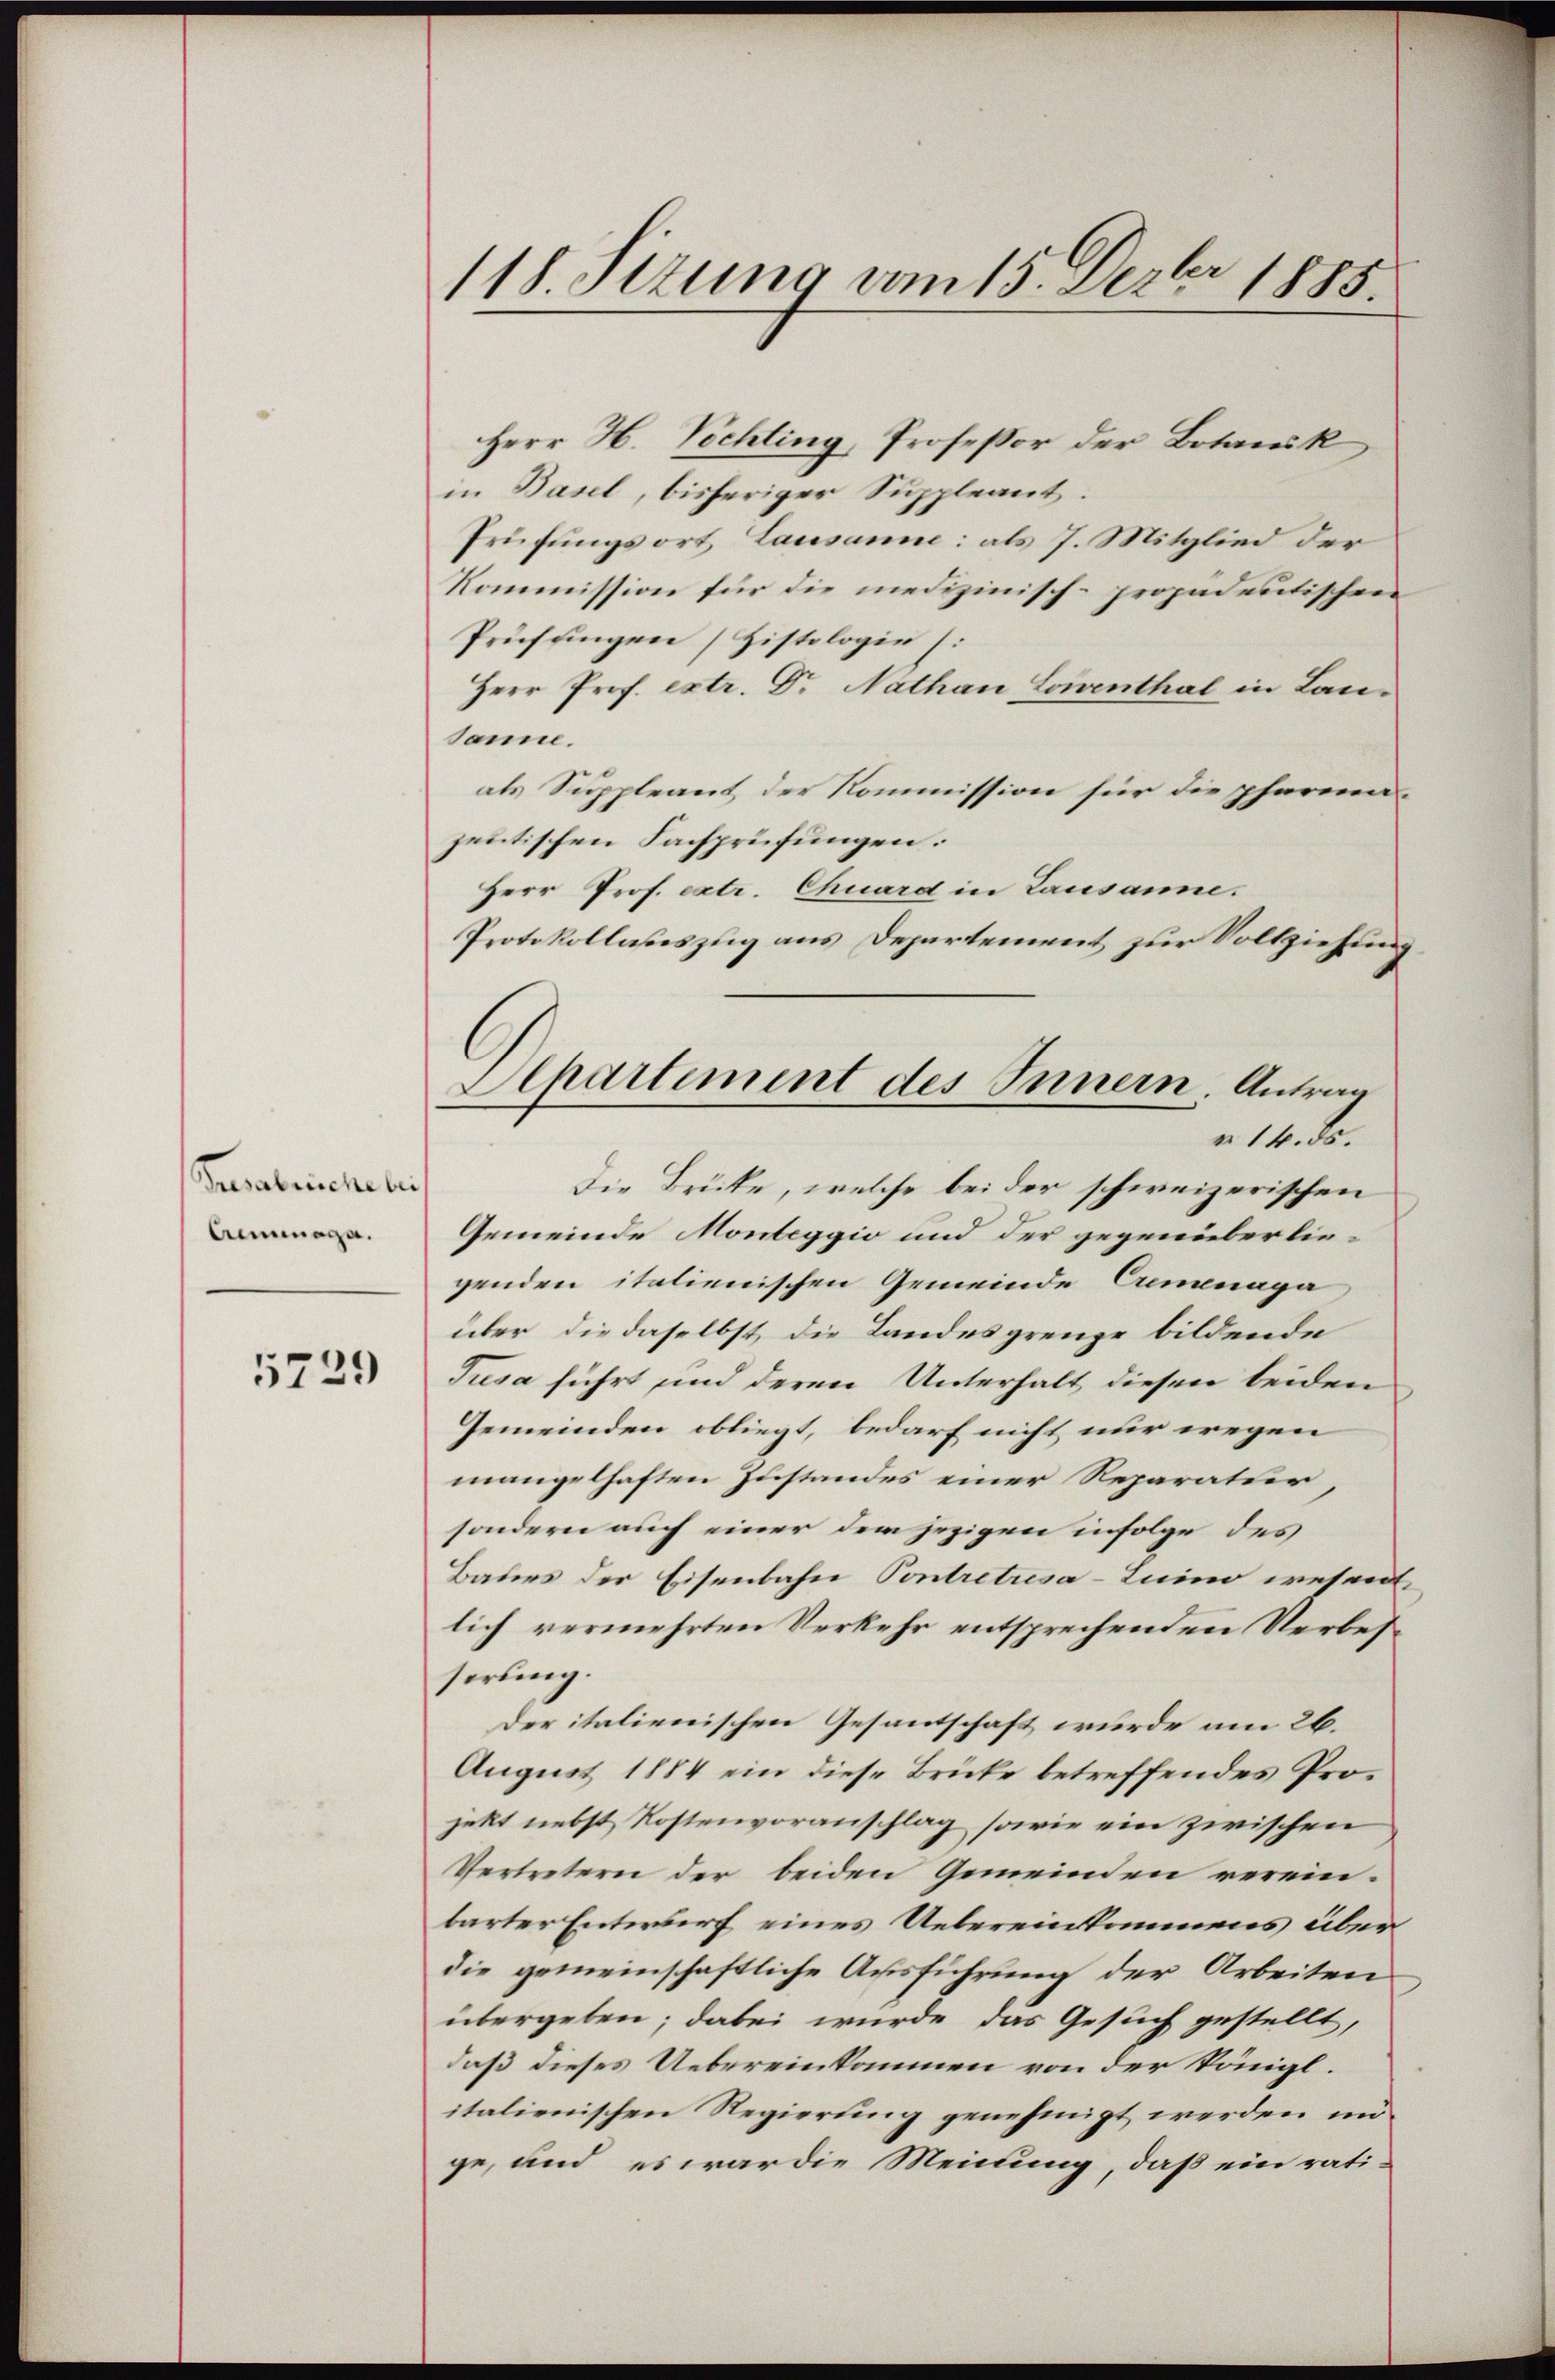
Presabsiche bei
Aenmaga.

5729

118. Stzung vom 15. Dezbr 1885.

Herr H. Vichting, Professor der Botanik
in Basel, bisheriger Suppleant.
Prüfungsort Lausanne: als 7. Mitglied der
Kommission für die medizinisch-propadentischen
Prüfungen (Zistologie (:
Herr Prof. extr. Dr Nathan Loienthal in Lan-
sanne.
als Suppleant der Kommission für die pharmazentischen Fachprüfungen.
Herr Prof. extr. Chuard in Lausanne.
Protokollasteszug aus Departement zur Vollziehung
Die Brücke, welche bei der schweizerischen
Gemeinde Monteggio und der gegenüberliegenden italienischen Gemeinde Cremenaga
über die daselbst die Landesgrenze bildende
Jusa führt und deren Unterhalt diesen beiden
Gemeinden obliegt, bedarf nicht nur wegen
mangelhaften Zustandes einer Reparatur
sondern auch einer dem jezigen infolge des
Baues der Eisenbahn Contretrsa-Luino wesen
lich vermehrten Verkehr entsprechenden Verbesserung.
Der italienischen Gesandschaft wurde am 26.
August 1884 ein diese Brüke betreffendes Projekt nebst Kostenvoranschlag sowie ein zwischen
Vertretern der beiden Gemeinden verein.
barter Entwurf eines Uebereinkommens über
die gemeinschaftliche Ausführung der Arbeiten
übergeben; dabei wurde das Gesuch gestellt,
daß dieses Uebereinkommen von der Königl.
italienischen Regierung genehmigt werden unge, und es war die Meinung, daß ein rati-

Aepartement des Innern. Antrag
 14. ds.